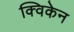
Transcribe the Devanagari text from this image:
क्विकेन